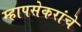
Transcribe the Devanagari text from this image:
म्हापसेकरांचे